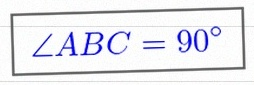
\angle ABC=90^\circ